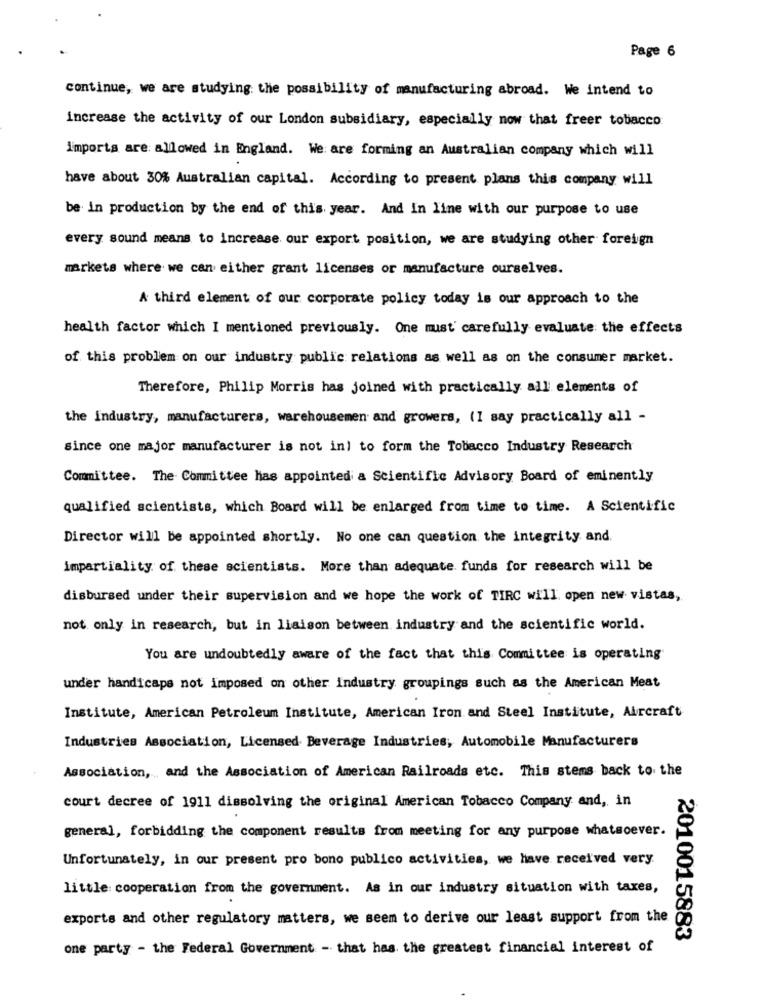
Page 6
continue, we are studying the possibility of manufacturing abroad. We intend to
increase the activity of our London subsidiary, especially now that freer tobacco
I'mports are allowed in England. We are forming an Australian company which will
have about 30% Australian capital. According to present plans this company will
be in production by the end of this year. And In line with our purpose to use
every sound means to increase our export position, we are studying other foreign
markets where we can either grant licenses or manufacture ourselves.
A third element of our corporate policy today is our approach to the
health factor which I mentioned previously. One must' carefully evaluate the effects
of this problem on our industry public relations as well as on the consumer market.
Therefore, Philip Morris has joined with practically all elements of
the industry, manufacturers, warehousemen and growers, (I say practically all -
since one major manufacturer is not in) to form the Tobacco Industry Research
Committee. The Committee has appointed a Scientific Advisory Board of eminently
qualified scientists, which Board will be enlarged from time to time. A Scientific
Director will be appointed shortly. No one can question the integrity and.
impartiality of these scientists. More than adequate funds for research will be
disbursed under their supervision and we hope the work of TIRC will open new vistas,
not only in research, but in liaison between industry and the scientific world.
You are undoubtedly aware of the fact that this Committee is operating
under handicaps not imposed on other Industry groupings such as the American Meat
Institute, American Petroleum Institute, American Iron and Steel Institute, Aircraft
Industries Association, Licensed Beverage Industries, Automobile Manufacturers
Association ,, and the Association of American Railroads etc. This stems back to the
court decree of 1911 dissolving the original American Tobacco Company and, in
general, forbidding the component results from meeting for any purpose whatsoever.
Unfortunately, in our present pro bono publico activities, we have received very.
little cooperation from the government. As in our industry situation with taxes,
exports and other regulatory matters, we seem to derive our least support from the
2010015883
one party - the Federal Government - that has the greatest financial interest of